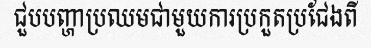
ជួបបញ្ហាប្រឈមជាមួយការប្រកួតប្រជែងពី